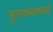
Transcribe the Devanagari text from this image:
पुराकथांमध्ये